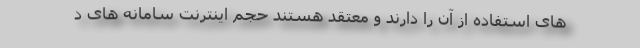
های استفاده از آن را دارند و معتقد هستند حجم اینترنت سامانه های د